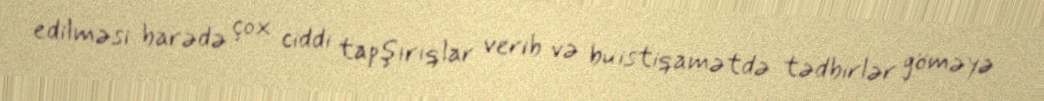
edilməsi barədə çox ciddi tapşırıqlar verib və bu istiqamətdə tədbirlər göməyə